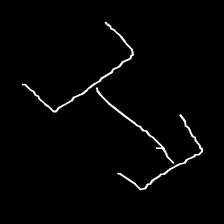
Glyph: entwine